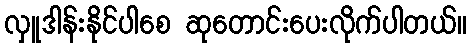
လှူဒါန်းနိုင်ပါစေ ဆုတောင်းပေးလိုက်ပါတယ်။